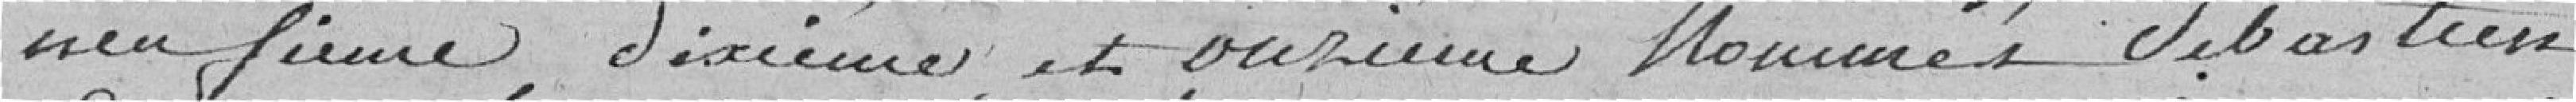
neuvième, dixième et onzième, nommés Sébastien